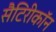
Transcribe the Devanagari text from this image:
सैटिरीकॉन